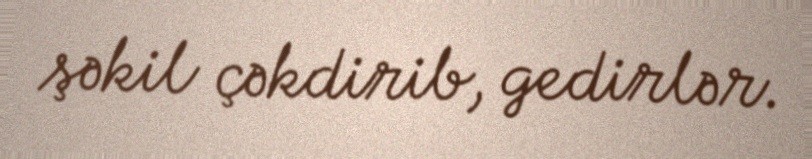
şəkil çəkdirib, gedirlər.